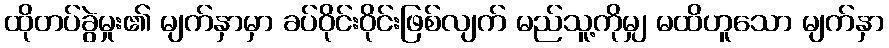
ထိုတပ်ခွဲမှုး၏ မျက်နှာမှာ ခပ်ဝိုင်းဝိုင်းဖြစ်လျက် မည်သူ့ကိုမျှ မထိဟူသော မျက်နှာ